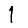
Digit: 1